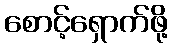
စောင့်ရှောက်ဖို့